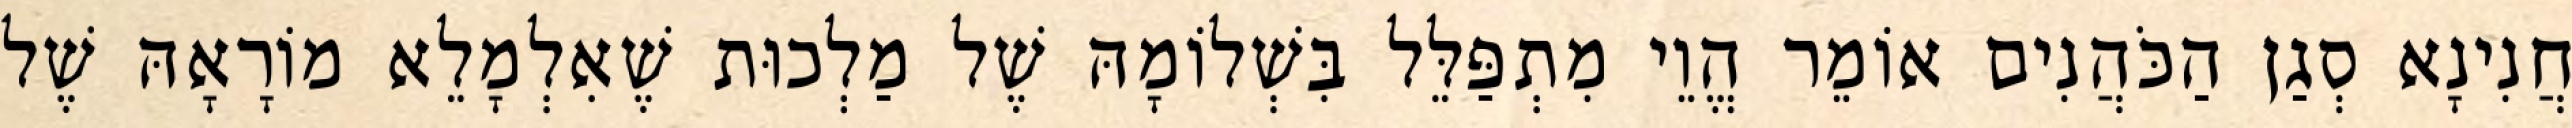
חֲנִינָא סְגַן הַכֹּהֲנִים אוֹמֵר הֱוֵי מִתְפַּלֵּל בִּשְׁלוֹמָהּ שֶׁל מַלְכוּת שֶׁאִלְמָלֵא מוֹרָאָהּ שֶׁל